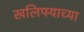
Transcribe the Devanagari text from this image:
खलिफ्याच्या